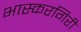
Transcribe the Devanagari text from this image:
भास्करगिरी